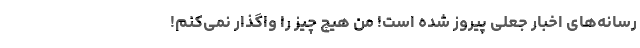
رسانه‌های اخبار جعلی پیروز شده است! من هیچ چیز را واگذار نمی‌کنم!